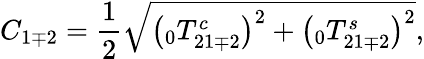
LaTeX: C_{1\mp 2}=\frac{1}{2}\sqrt{\left(\phantom{}_{0}T_{21\mp 2}^{c}\right)^{2}+\left(\phantom{}_{0}T_{21\mp 2}^{s}\right)^{2}},